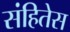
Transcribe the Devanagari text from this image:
संहितेस